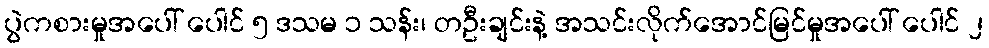
ပွဲကစားမှုအပေါ် ပေါင် ၅ ဒသမ ၁ သန်း၊ တဦးချင်းနဲ့ အသင်းလိုက်အောင်မြင်မှုအပေါ် ပေါင် ၂